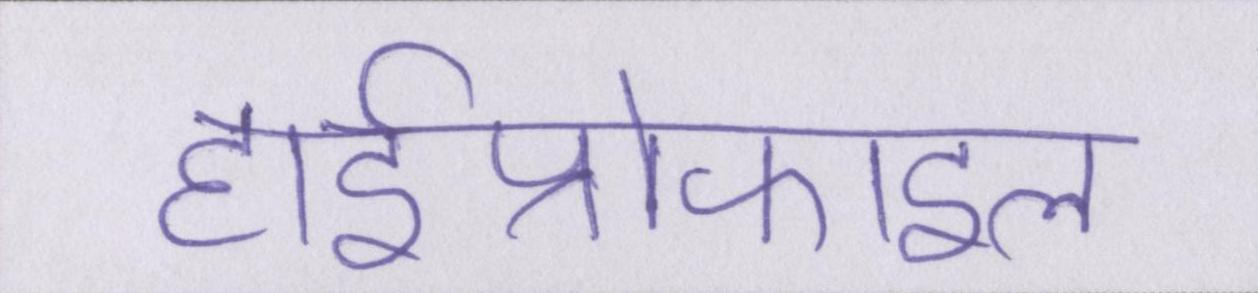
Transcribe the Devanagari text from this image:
हाईप्रोफाइल